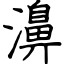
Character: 濞